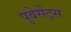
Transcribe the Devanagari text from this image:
पुबेसेंट्स